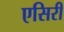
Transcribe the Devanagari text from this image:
एसिरी